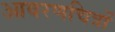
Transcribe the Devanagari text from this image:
आवरणचित्रों